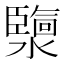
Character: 𤂟